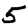
Digit: 5